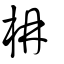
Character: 枏